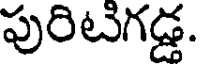
పురిటిగడ్డ.